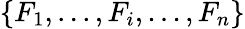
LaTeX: \{ F_{1},...,F_{i},...,F_{n}\}